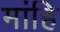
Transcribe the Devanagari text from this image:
मांहि